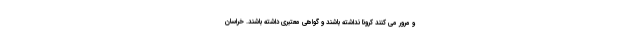
و مرور می کنند کرونا نداشته باشند و گواهی معتبری داشته باشند. خراسان